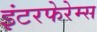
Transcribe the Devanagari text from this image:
इंटरफेरेम्स